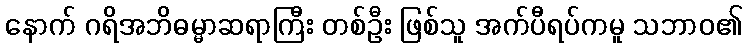
နောက် ဂရိအဘိဓမ္မာဆရာကြီး တစ်ဦး ဖြစ်သူ အက်ပီရပ်ကမူ သဘာဝ၏